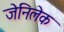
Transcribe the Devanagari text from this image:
जेनिलेक